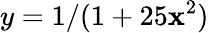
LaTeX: y=1/(1+25\mathbf{x}^{2})